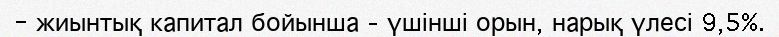
- жиынтық капитал бойынша – үшінші орын, нарық үлесі 9,5%.